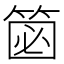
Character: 𥮦